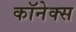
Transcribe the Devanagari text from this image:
कॉनेक्स